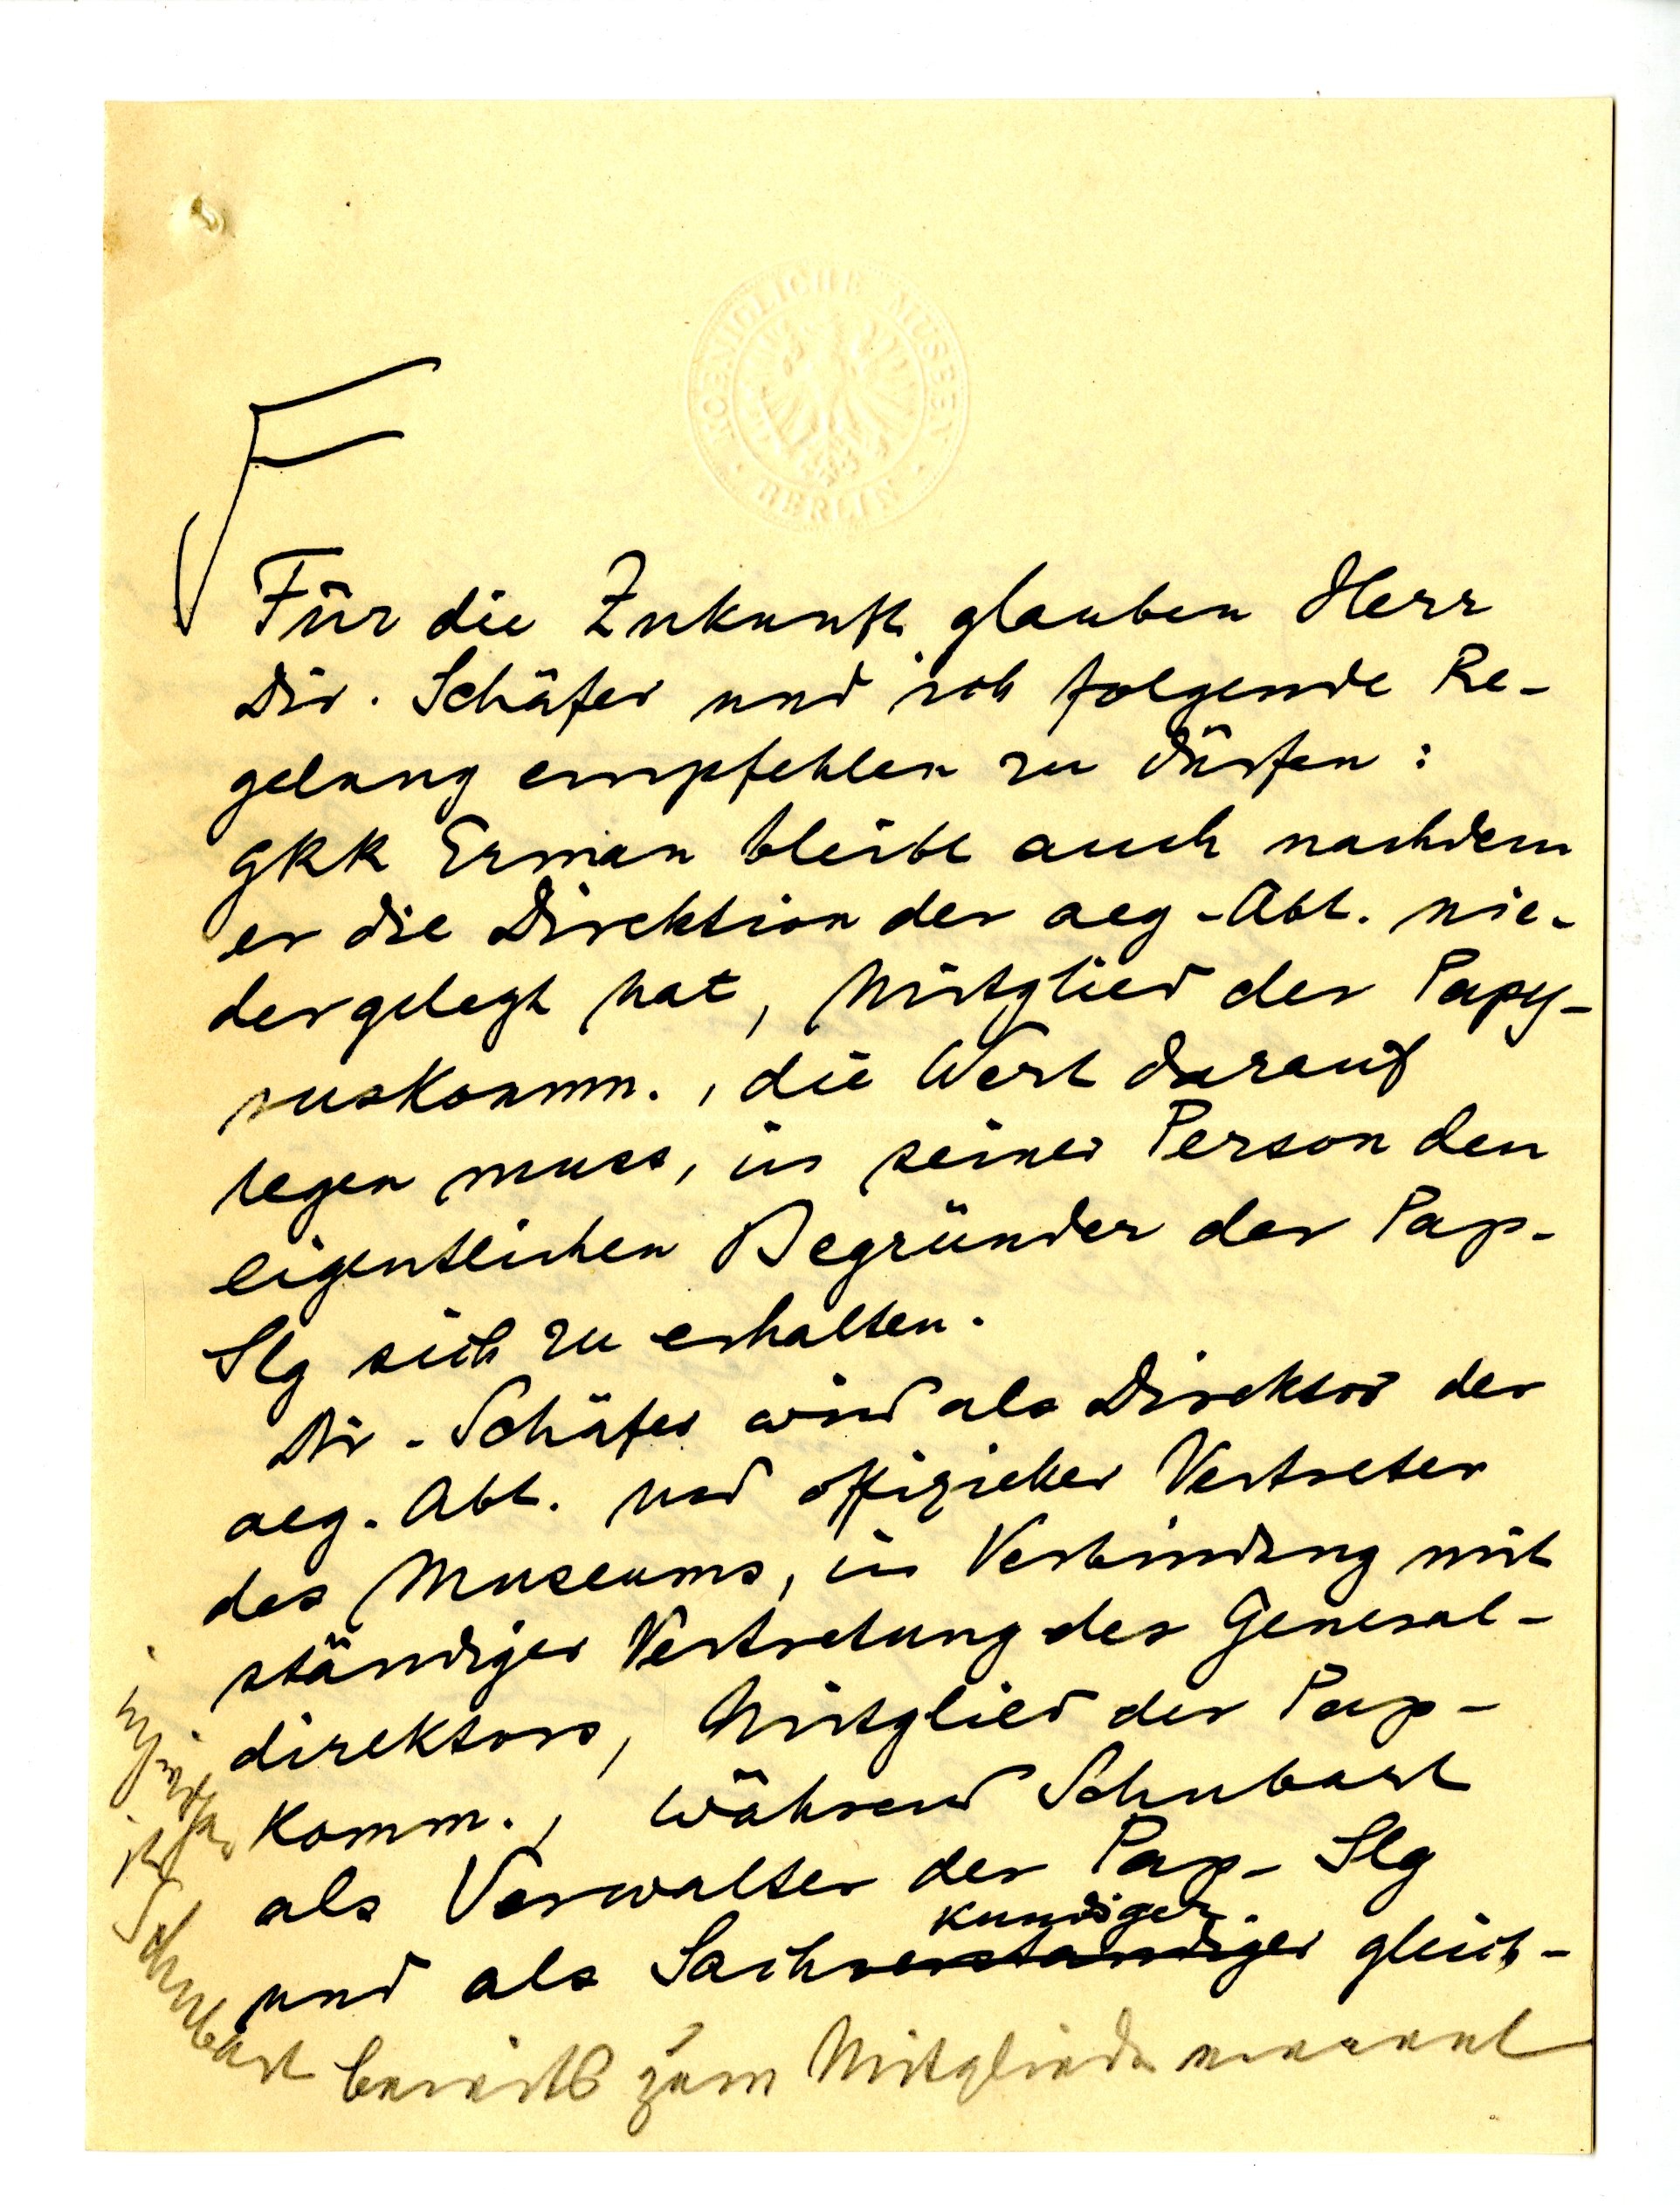
F Für die Zukunft glauben Herr
Dr. Schäfer und ich folgende Re¬
gelung empfehlen zu dürfen:
GRR Erman bleibt auch nachdem
er die Direktion der aeg. Abt. nie¬
dergelegt hat, Mitglied der Papy¬
ruskomm. , die Wert darauf
legen muss, in seiner Perosn den
eigentlichen Begründer der Pap.
Slg sich zu erhalten.
Dr. Schäfer wird als Direktor der
aeg. Abt. als offizieller Vertreter
des Museums, in Verbindung mit
ständiger Vertretung des General¬
direktors, Mitglied der Pap¬
komm. , während Schubart
als Verwalter der Pap. flg
kundiger
und als Sach gleich-